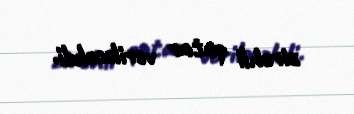
zirehli qatar veriləcəkdi.